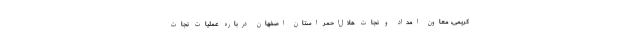
کریمی، معاون امداد و نجات هلال‌احمر استان اصفهان درباره عملیات نجات